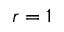
r = 1